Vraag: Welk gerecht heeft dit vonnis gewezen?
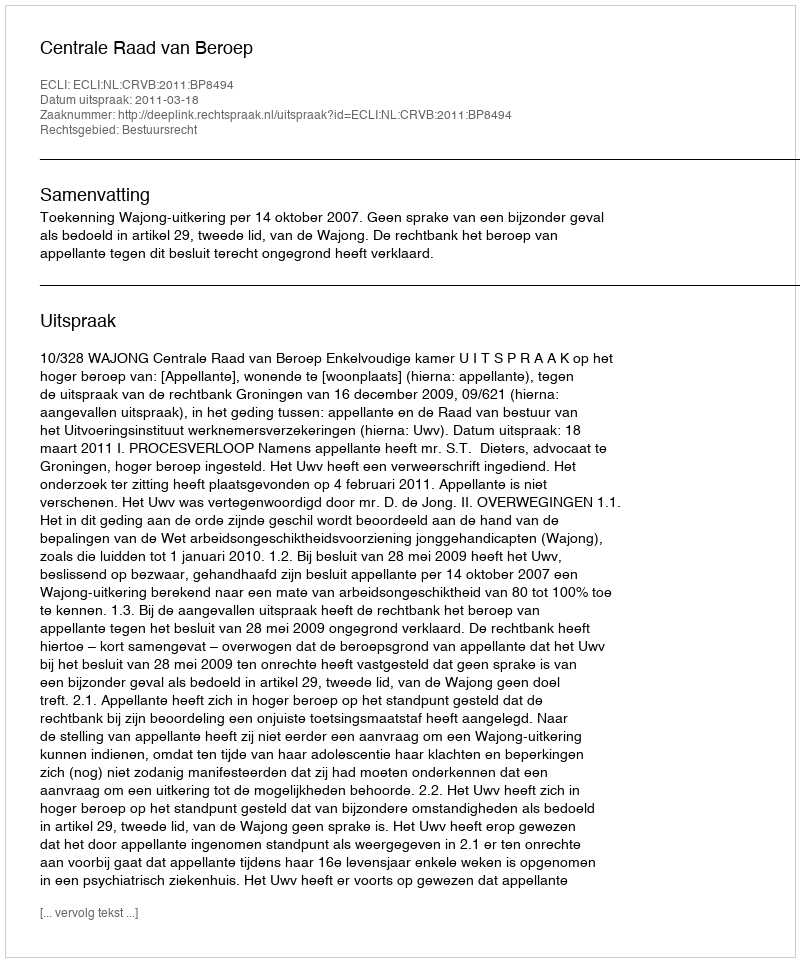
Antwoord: Centrale Raad van Beroep